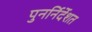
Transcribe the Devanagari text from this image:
पुनर्निर्देशत